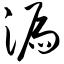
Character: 漏